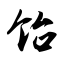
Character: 饴